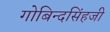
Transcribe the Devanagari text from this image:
गोबिन्दसिंहजी